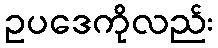
ဥပဒေကိုလည်း